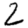
Digit: 2